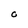
Character: C